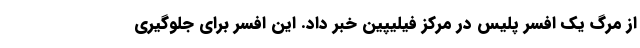
از مرگ یک افسر پلیس در مرکز فیلیپین خبر داد. این افسر برای جلوگیری